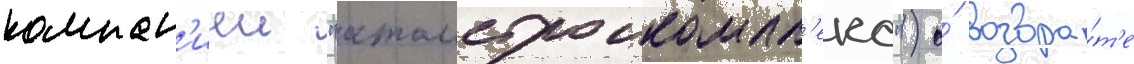
компан'иеи "атомстроикомпл'екс") о́ возвра́т'е